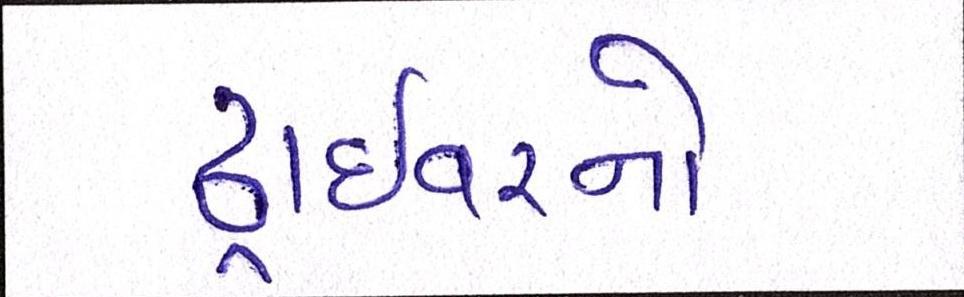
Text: ડ્રાઇવરનો